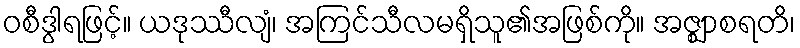
ဝစီဒွါရဖြင့်။ ယဒုဿီလျံ၊ အကြင်သီလမရှိသူ၏အဖြစ်ကို။ အဇ္ဈာစရတိ၊